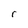
Character: r